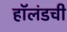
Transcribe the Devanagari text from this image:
हॉलंडची